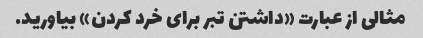
مثالی از عبارت «داشتن تبر برای خرد کردن» بیاورید.